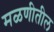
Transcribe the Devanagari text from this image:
मळणीतील